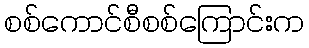
စစ်ကောင်စီစစ်ကြောင်းက